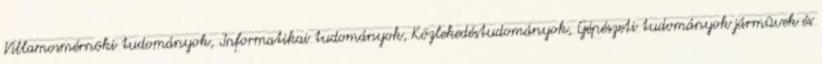
Villamosmérnöki tudományok, Informatikai tudományok, Közlekedéstudományok, Gépészeti tudományok jármûvek és